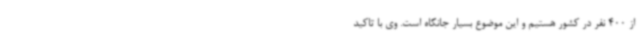
از 400 نفر در کشور هستیم و این موضوع بسیار جانکاه است. وی با تاکید